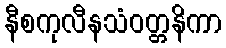
နီစကုလီနသံဝတ္တနိကာ